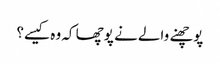
پوچھنے والے نے پوچھا کہ وہ کیسے؟